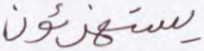
يستهزئون